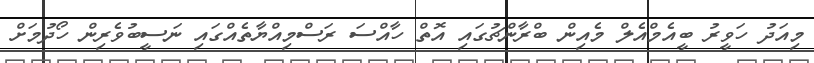
މިއަދު ހަވީރު ބީއެމްއެލް މެއިން ބްރާންޗުގައި އޮތް ހާއްސަ ރަސްމިއްޔާތެއްގައި ނަސީބުވެރިން ހޯދުމަށް